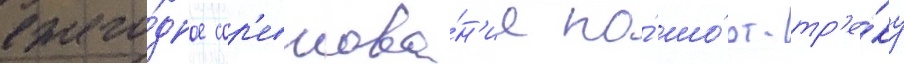
ежего́дное сор'евнова́н'ие по́ шо́рт-тр'е́ку